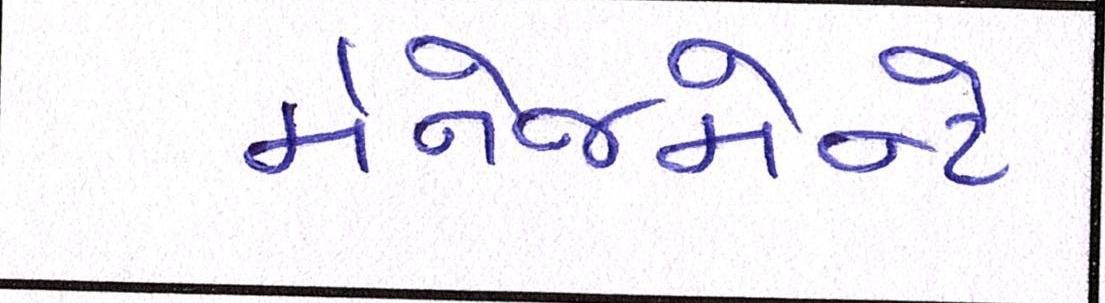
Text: મૅનેજમેન્ટે